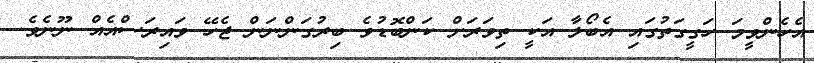
އެހެންވީމަ ހަގީގަތުގައި އެބޯލާ އަކީ ތިވަރަށް ކަންބޮޑުވެ ބިރުގަންނަން ޖެހޭ ވައިރަސްއެއް ނޫނެވެ.